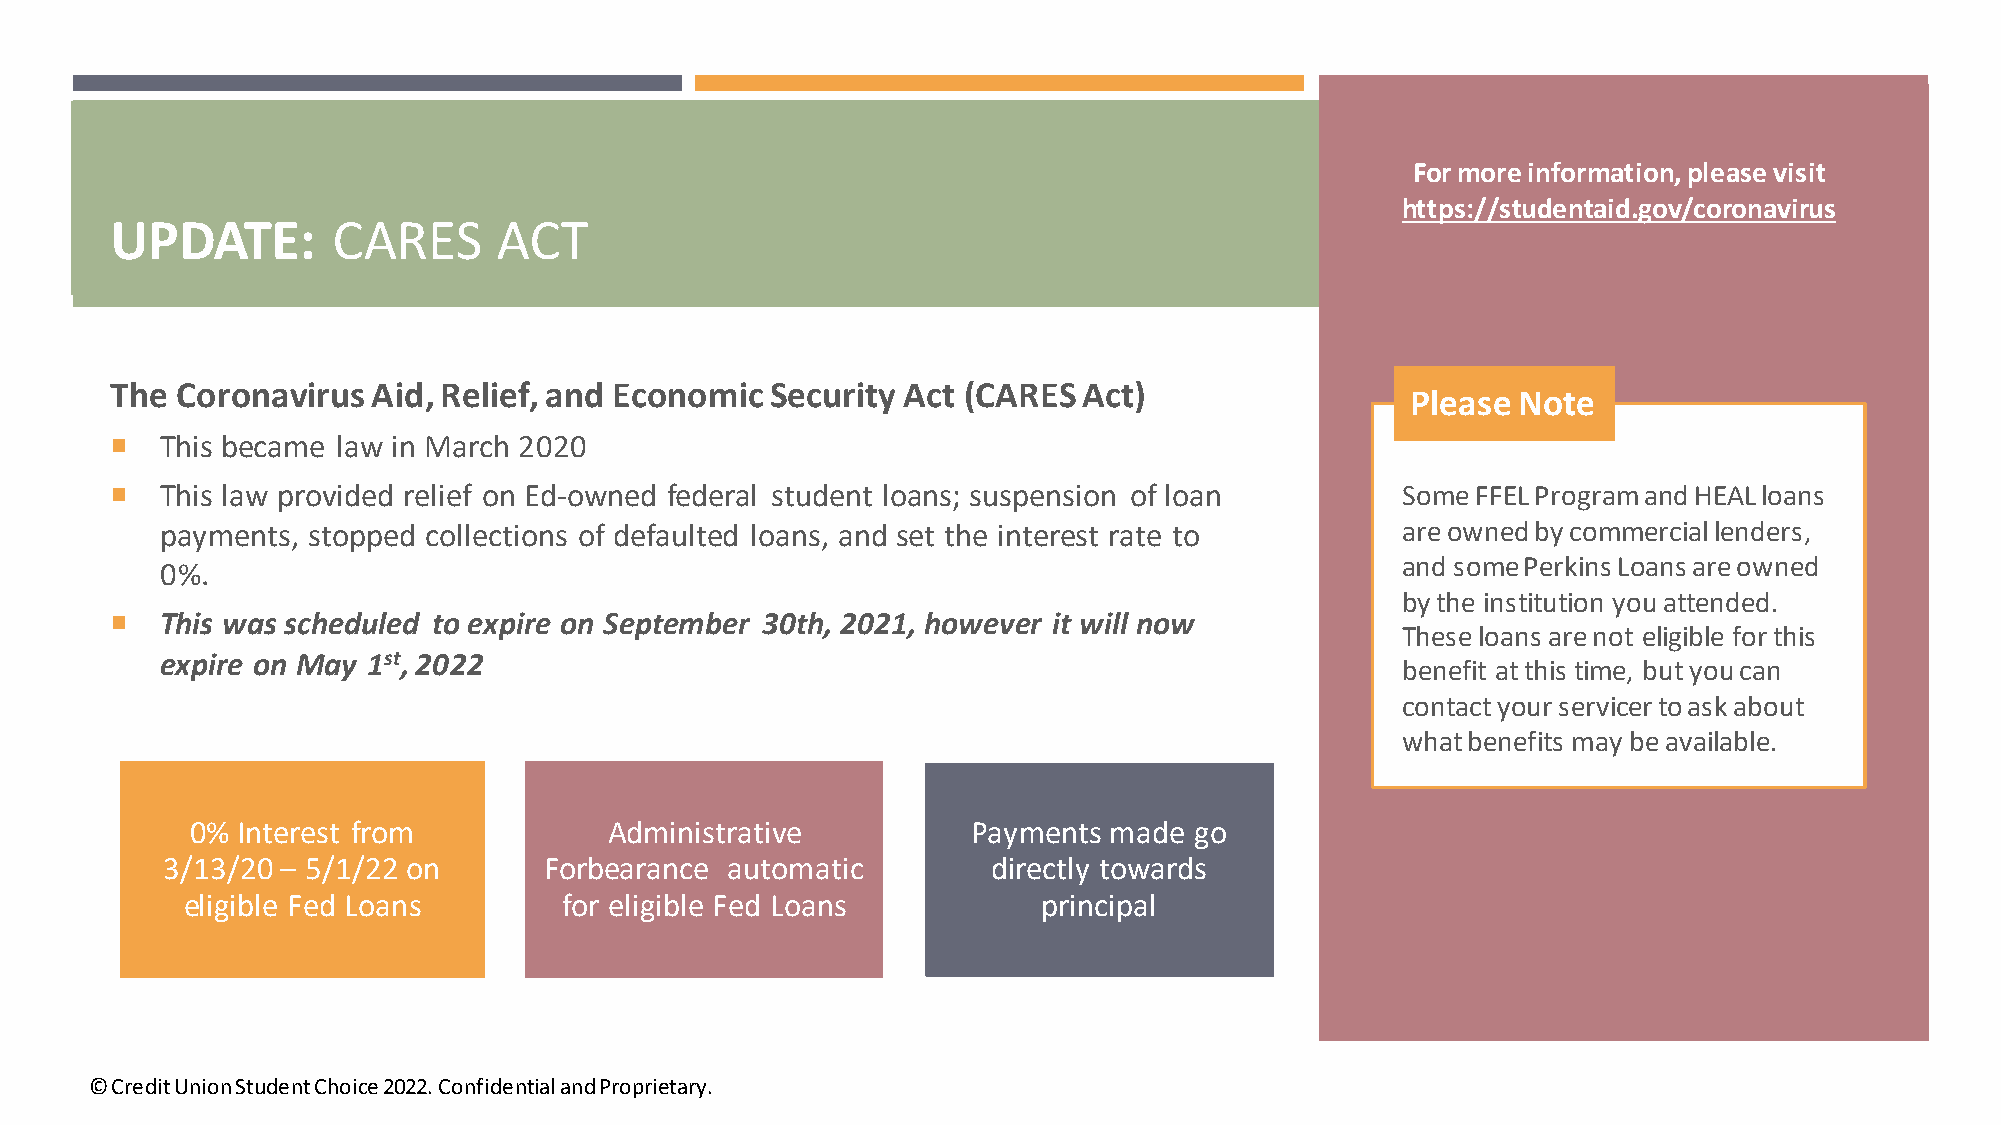
For more information, please visit
 https://studentaid.gov/coronavirus
 UPDATE:        CARES      ACT
 The  Coronavirus  Aid, Relief, and Economic Security Act (CARES  Act)
 Please Note
    This became law in March 2020
    This law provided relief on Ed-owned federal student loans; suspension of loan    Some FFEL Program and HEAL loans
 payments, stopped collections of defaulted loans, and set the interest rate to    are owned by commercial lenders,
 and some Perkins Loans are owned
 0%.
 by the institution you attended.
    This was scheduled to expire on September 30th, 2021, however it will now
 These loans are not eligible for this
 expire on May 1st, 2022
 benefit at this time, but you can
 contact your servicer to ask about
 what benefits may be available.
 0% Interest from           Administrative          Payments made  go
 3/13/20 – 5/1/22 on      Forbearance automatic         directly towards
 eligible Fed Loans       for eligible Fed Loans          principal
 © Credit Union Student Choice 2022. Confidential and Proprietary.